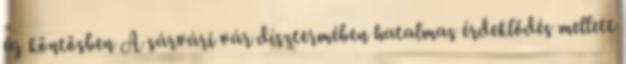
új köntösben A sárvári vár dísztermében hatalmas érdeklődés mellett